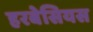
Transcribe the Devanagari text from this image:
हरबेसियस